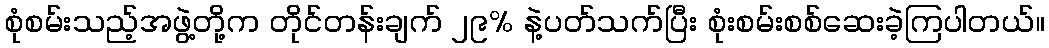
စုံစမ်းသည့်အဖွဲ့တို့က တိုင်တန်းချက် ၂၉% နဲ့ပတ်သက်ပြီး စုံးစမ်းစစ်ဆေးခဲ့ကြပါတယ်။